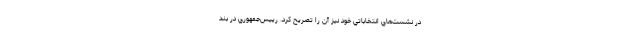
در نشست‌هاي انتخاباتي خود نيز آن را تصريح كرد. رييس‌جمهوري در بند